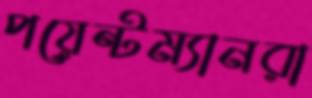
পয়েন্টম্যানরা